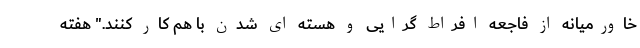
خاورمیانه از فاجعه افراط گرایی و هسته ای شدن با هم كار كنند." هفته